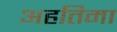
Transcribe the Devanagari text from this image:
अहतिमा